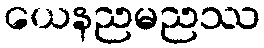
ယေနညမညဿ